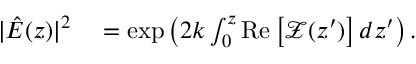
\begin{array} { r l } { | \hat { E } ( z ) | ^ { 2 } } & { { } = \exp \left( 2 k \int _ { 0 } ^ { z } \mathrm { R e } \left[ \mathcal { Z } ( z ^ { \prime } ) \right] d z ^ { \prime } \right) . } \end{array}